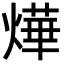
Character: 燁